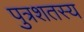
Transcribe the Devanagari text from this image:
पुत्रशतस्य